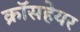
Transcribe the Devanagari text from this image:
क्रॉसहेयर